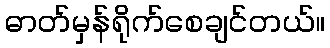
ဓာတ်မှန်ရိုက်စေချင်တယ်။